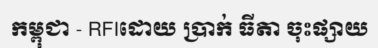
កម្ពុជា - RFIដោយ ប្រាក់ ធីតា ចុះផ្សាយ